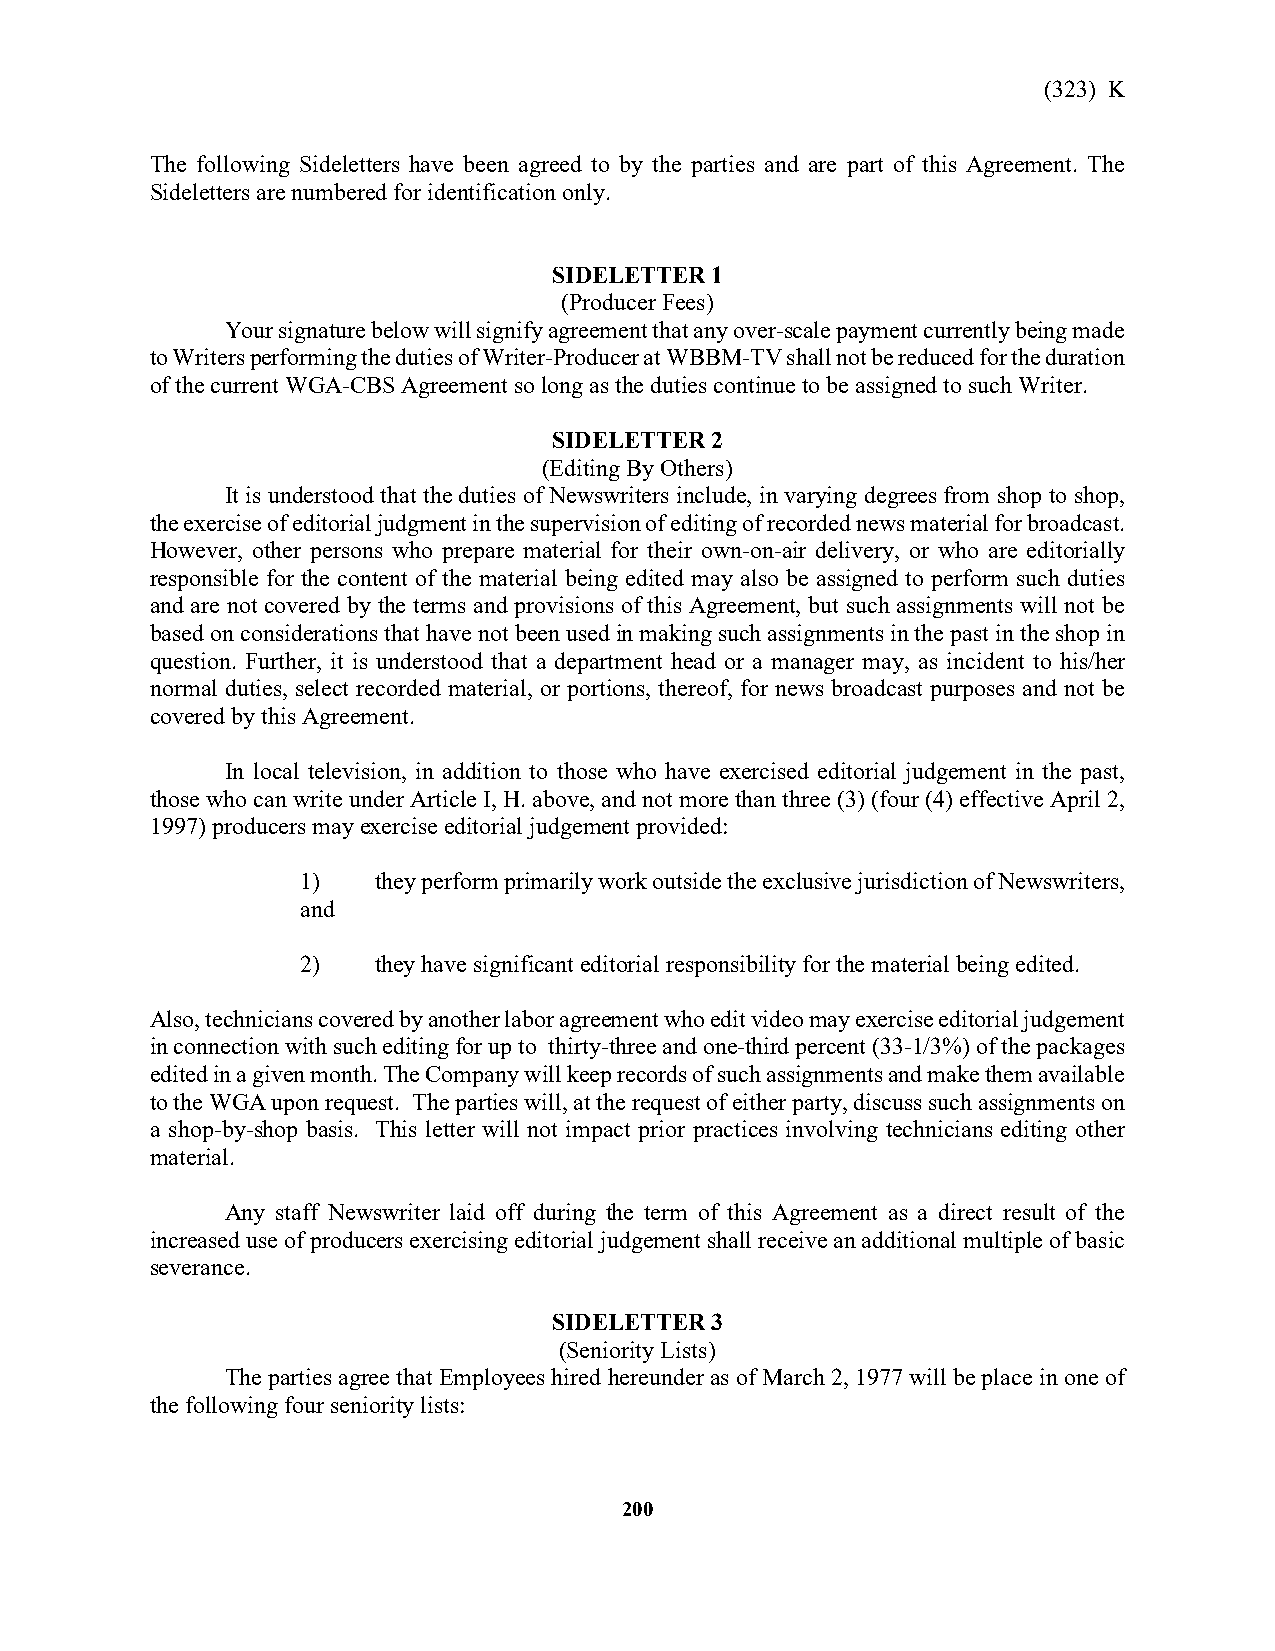
(323) K
 The following Sideletters have been agreed to by the parties and are part of this Agreement. The
 Sideletters are numbered for identification only.
 SIDELETTER 1
 (Producer Fees)
 Your signature below will signify agreement that any over-scale payment currently being made
 to Writers performing the duties of Writer-Producer at WBBM-TV shall not be reduced for the duration
 of the current WGA-CBS Agreement so long as the duties continue to be assigned to such Writer.
 SIDELETTER 2
 (Editing By Others)
 It is understood that the duties of Newswriters include, in varying degrees from shop to shop,
 the exercise of editorial judgment in the supervision of editing of recorded news material for broadcast.
 However, other persons who prepare material for their own-on-air delivery, or who are editorially
 responsible for the content of the material being edited may also be assigned to perform such duties
 and are not covered by the terms and provisions of this Agreement, but such assignments will not be
 based on considerations that have not been used in making such assignments in the past in the shop in
 question. Further, it is understood that a department head or a manager may, as incident to his/her
 normal duties, select recorded material, or portions, thereof, for news broadcast purposes and not be
 covered by this Agreement.
 In local television, in addition to those who have exercised editorial judgement in the past,
 those who can write under Article I, H. above, and not more than three (3) (four (4) effective April 2,
 1997) producers may exercise editorial judgement provided:
 1)   they perform primarily work outside the exclusive jurisdiction of Newswriters,
 and
 2)   they have significant editorial responsibility for the material being edited.
 Also, technicians covered by another labor agreement who edit video may exercise editorial judgement
 in connection with such editing for up to thirty-three and one-third percent (33-1/3%) of the packages
 edited in a given month. The Company will keep records of such assignments and make them available
 to the WGA upon request. The parties will, at the request of either party, discuss such assignments on
 a shop-by-shop basis. This letter will not impact prior practices involving technicians editing other
 material.
 Any staff Newswriter laid off during the term of this Agreement as a direct result of the
 increased use of producers exercising editorial judgement shall receive an additional multiple of basic
 severance.
 SIDELETTER 3
 (Seniority Lists)
 The parties agree that Employees hired hereunder as of March 2, 1977 will be place in one of
 the following four seniority lists:
 200